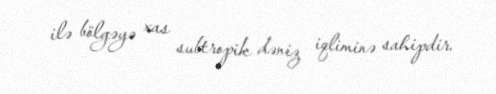
ilə bölgəyə xas subtropik dəniz iqliminə sahipdir.